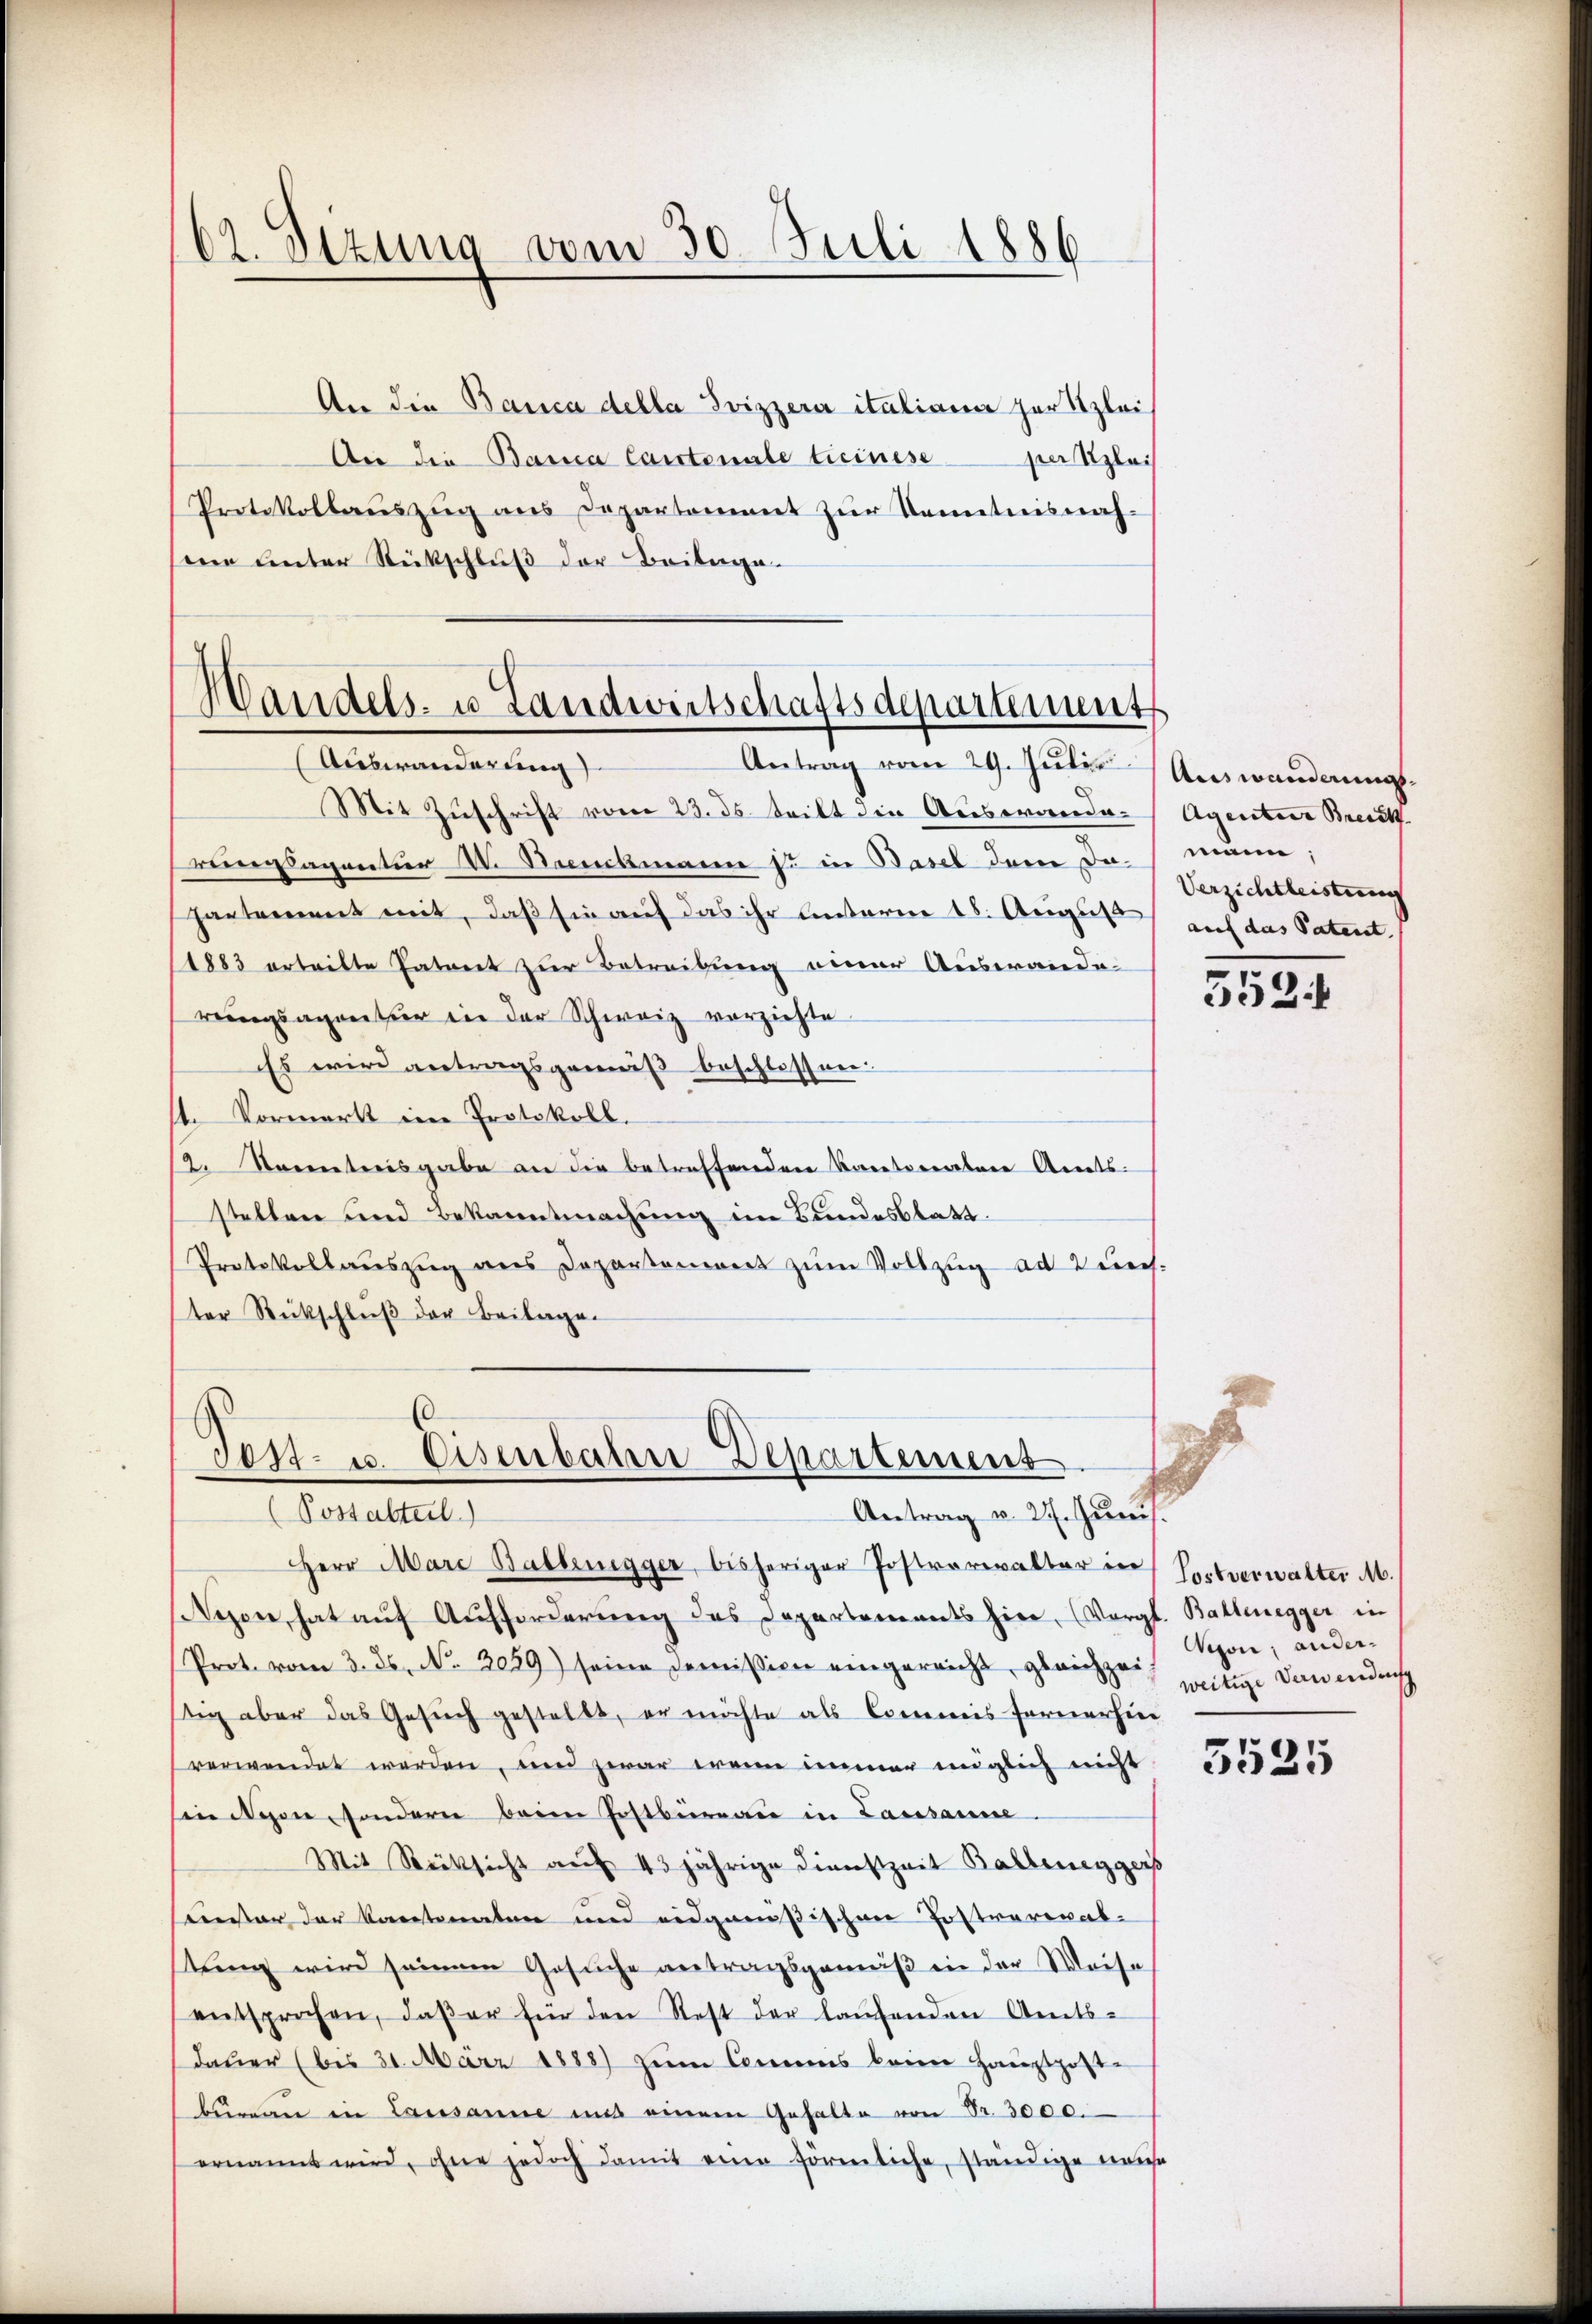
62. Sezung vom 30. Juli 1886

An die Banca della Svizzerer italiana zur Klei¬
An die Bana Cantonale Ticinese
Protokollaŭszŭg ans Departement zŭr Kenntnisnah-
sene Unter Rückschluß der Beiberge¬

Handels- u Landwirtschaftsdepartements
Auswanderung
Antrag vom 29. Juli Auswanderungs¬

Mit Zuschrift vom 23. ds. steilt die Auswandaelagnatur I. Struckmann so in Basel dem Da-
partement mit, daß sie auf das ihr unterm 18. August
1883 erteilte Patent zur Betreibung einer Auswande
rungsagentier in der Schweiz verzichte
Es wird antragsgemäß beschlossen.
st. Vormerkt im Protokoll.
2. Seientreisgabe an die betreffenden kantonaten Amts
stellen und Bekanntmachung im Bundesblatt.
Protokollauszug aus Departemons zum Vollzug ad durch.
ter Rückschluß der Beilage.

per Klais

d
Tost- u. Eisenbahn Departement
Antrag v. 27. Juni.
(Postabteil)

Herr Mare Baltenegger, bisheriger Postverwalter in Sortverwalter M.
ezon, hat aŭf Aŭfforderŭng des Departements hier. (Vergl. Ballenegger in
Prot. vom 3. ds. No. 3029) seine Domision eingereicht, gleichzei
stig aber das Gesŭch gestellt, er möchte als Commis fernerhin
verwendet werden, und zwar wenn immer möglich nicht
indigen, sondern beim Postbüreau in Lausanne.
Mit Rücksicht auf 43 jährige Dienstzeit Balteneggers
seinster der Kantonalen und eidgenößischen Postrareval-
tung wird seinem Gesuche antragsgemäß in der Weise
entsprochen, daβ er für den Rest der laŭfenden Amts-
dauer (bis 31. März 1888) zum Commis beim Hauptpost-
büreau in Lausanne und einem Gehalte von Fr. 3000.
ernannt wird, ohne jedoch damit eine förmliche, ständige mause

Agentier Brecht
mann;
Verzichtleistung
auf das Patent

552.

ion; anderweitige Verwendens

5525